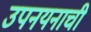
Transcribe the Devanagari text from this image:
उपनयनाची